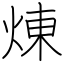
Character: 煉